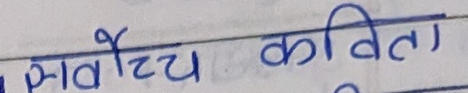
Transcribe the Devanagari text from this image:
सर्वोच्च कविता